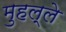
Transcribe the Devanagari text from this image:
मुहल्‍ले